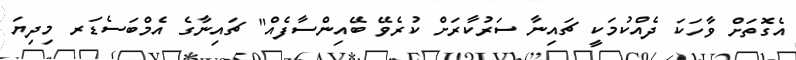
އެގޮތަށް ވާހަކަ ދެއްކުމަކީ ޗައިނާ ސަރުކާރަށް ކުރެވޭ ބޭއިންސާފެއް" ޗައިނާގެ އެމްބަސެޑަރ މިދިޔަ